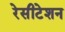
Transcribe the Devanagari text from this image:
रेसीटेशन